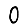
Digit: 0